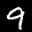
Label: 9